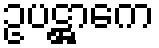
ဥပဋ္ဌာကေ